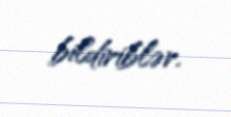
bildiriblər.